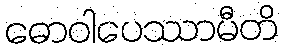
ဓောဝါပေဿာမီတိ